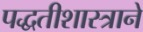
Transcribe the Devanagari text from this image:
पद्धतीशास्त्राने